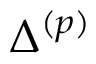
\Delta ^ { ( p ) }